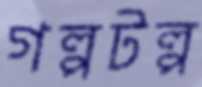
গল্পটল্প